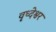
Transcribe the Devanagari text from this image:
वृध्देश्वर